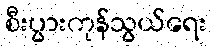
စီးပွားကုန်သွယ်ရေး